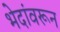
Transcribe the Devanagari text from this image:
भेदांवरून